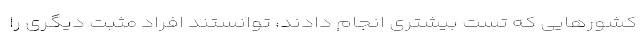
کشورهایی که تست بیشتری انجام دادند، توانستند افراد مثبت دیگری را